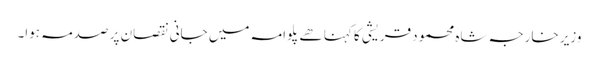
وزیر خارجہ شاہ محمود قریشی کا کہنا ھے پلوامہ میں جانی نقصان پر صدمہ ہوا۔